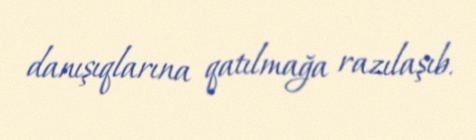
danışıqlarına qatılmağa razılaşıb.